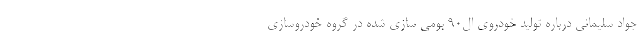
جواد سلیمانی درباره تولید خودروی ال۹۰ بومی سازی شده در گروه خودروسازی